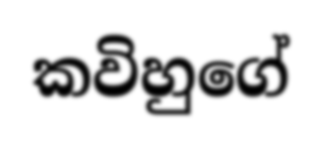
කවිහුගේ